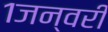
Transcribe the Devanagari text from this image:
१जन्वरी